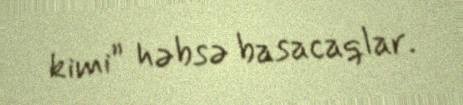
kimi” həbsə basacaqlar.